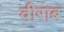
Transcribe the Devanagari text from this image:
वीराब